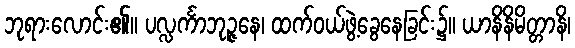
ဘုရားလောင်း၏။ ပလ္လင်္ကာဘုဉ္ဇနေ၊ ထက်ဝယ်ဖွဲ့ခွေနေခြင်း၌။ ယာနိနိမိတ္တာနိ၊